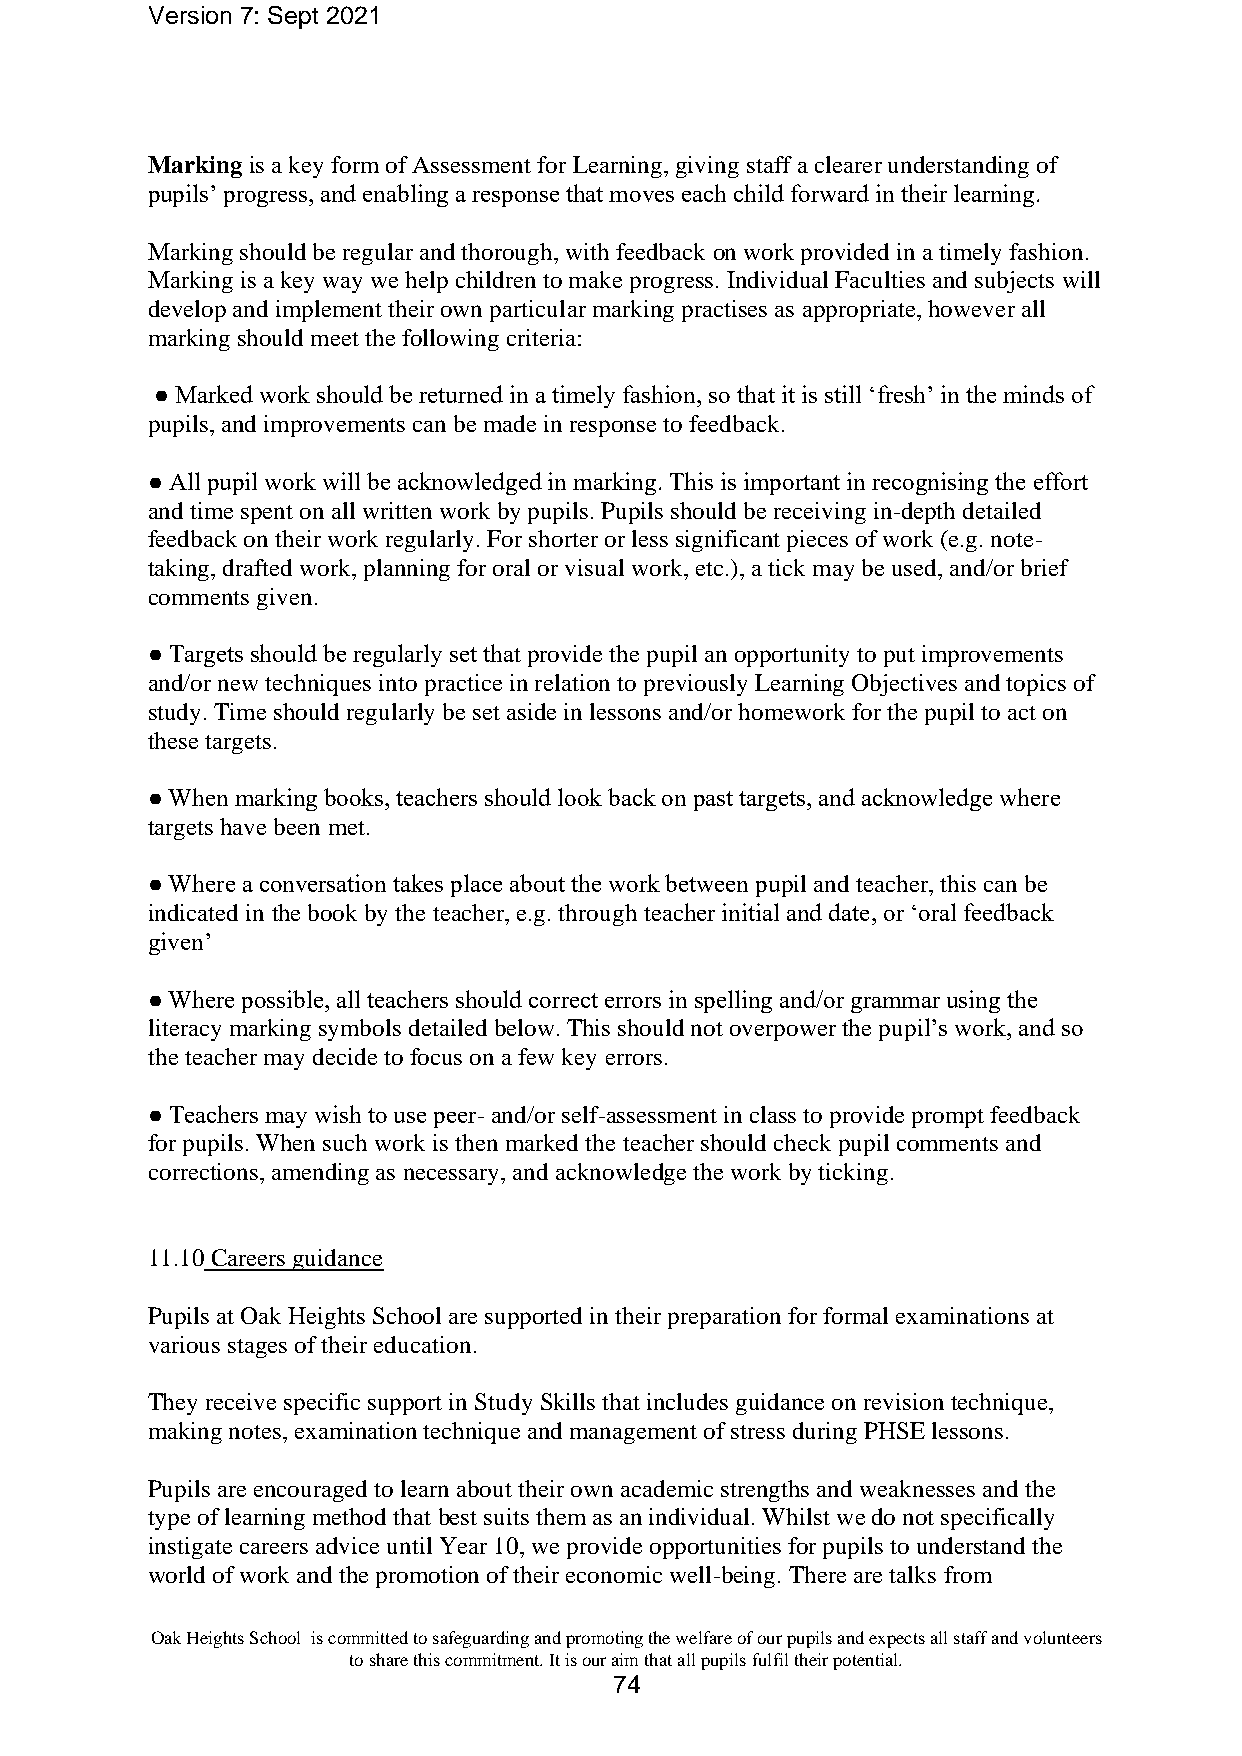
Version 7: Sept 2021
 Marking is a key form of Assessment for Learning, giving staff a clearer understanding of
 pupils’ progress, and enabling a response that moves each child forward in their learning.
 Marking should be regular and thorough, with feedback on work provided in a timely fashion.
 Marking is a key way we help children to make progress. Individual Faculties and subjects will
 develop and implement their own particular marking practises as appropriate, however all
 marking should meet the following criteria:
 ● Marked work should be returned in a timely fashion, so that it is still ‘fresh’ in the minds of
 pupils, and improvements can be made in response to feedback.
 ● All pupil work will be acknowledged in marking. This is important in recognising the effort
 and time spent on all written work by pupils. Pupils should be receiving in-depth detailed
 feedback on their work regularly. For shorter or less significant pieces of work (e.g. note-
 taking, drafted work, planning for oral or visual work, etc.), a tick may be used, and/or brief
 comments given.
 ● Targets should be regularly set that provide the pupil an opportunity to put improvements
 and/or new techniques into practice in relation to previously Learning Objectives and topics of
 study. Time should regularly be set aside in lessons and/or homework for the pupil to act on
 these targets.
 ● When marking books, teachers should look back on past targets, and acknowledge where
 targets have been met.
 ● Where a conversation takes place about the work between pupil and teacher, this can be
 indicated in the book by the teacher, e.g. through teacher initial and date, or ‘oral feedback
 given’
 ● Where possible, all teachers should correct errors in spelling and/or grammar using the
 literacy marking symbols detailed below. This should not overpower the pupil’s work, and so
 the teacher may decide to focus on a few key errors.
 ● Teachers may wish to use peer- and/or self-assessment in class to provide prompt feedback
 for pupils. When such work is then marked the teacher should check pupil comments and
 corrections, amending as necessary, and acknowledge the work by ticking.
 11.10 Careers guidance
 Pupils at Oak Heights School are supported in their preparation for formal examinations at
 various stages of their education.
 They receive specific support in Study Skills that includes guidance on revision technique,
 making notes, examination technique and management of stress during PHSE lessons.
 Pupils are encouraged to learn about their own academic strengths and weaknesses and the
 type of learning method that best suits them as an individual. Whilst we do not specifically
 instigate careers advice until Year 10, we provide opportunities for pupils to understand the
 world of work and the promotion of their economic well-being. There are talks from
 Oak Heights School is committed to safeguarding and promoting the welfare of our pupils and expects all staff and volunteers
 to share this commitment. It is our aim that all pupils fulfil their potential.
 74